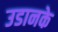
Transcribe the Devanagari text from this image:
उडानके